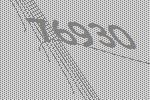
76930